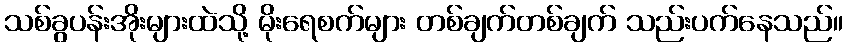
သစ်ခွပန်းအိုးများထဲသို့ မိုးရေစက်များ တစ်ချက်တစ်ချက် သည်းပက်နေသည်။